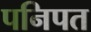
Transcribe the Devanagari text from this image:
पनिपत